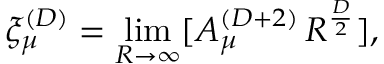
\xi _ { \mu } ^ { ( D ) } = \operatorname * { l i m } _ { R \rightarrow \infty } [ A _ { \mu } ^ { ( D + 2 ) } \, R ^ { \frac { D } { 2 } } ] ,